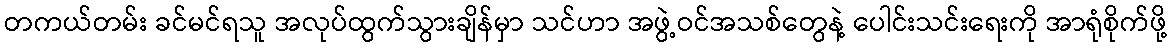
တကယ်တမ်း ခင်မင်ရသူ အလုပ်ထွက်သွားချိန်မှာ သင်ဟာ အဖွဲ့ဝင်အသစ်တွေနဲ့ ပေါင်းသင်းရေးကို အာရုံစိုက်ဖို့